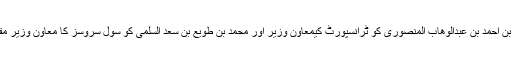
عبدالھادی بن احمد بن عبدالوھاب المنصوری کو ٹرانسپورٹ کیمعاون وزیر اور محمد بن طویع بن سعد السلمی کو سول سروسز کا معاون وزیر مقررکیا گیا۔